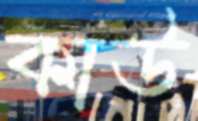
কাউ